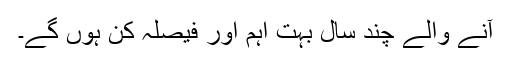
آنے والے چند سال بہت اہم اور فیصلہ کن ہوں گے۔